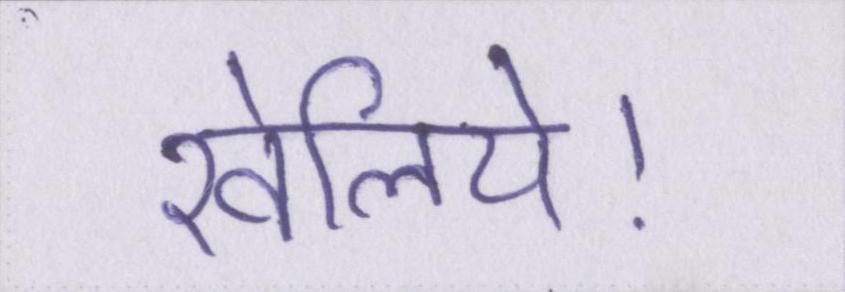
खेलिये।